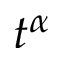
t ^ { \alpha }